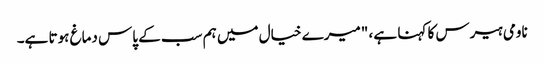
ناومی ہیرس کا کہنا ہے ، "میرے خیال میں ہم سب کے پاس دماغ ہوتا ہے۔